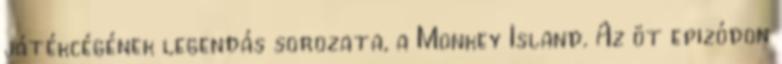
játékcégének legendás sorozata, a Monkey Island. Az öt epizódon